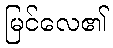
မြင်လေ၏